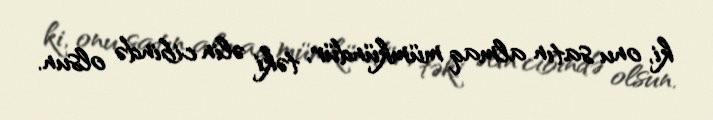
ki, onu satın almaq mümkündür, təki əlin cibində olsun.